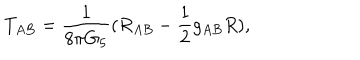
T _ { A B } = \frac { 1 } { 8 \pi G _ { 5 } } ( R _ { A B } - \frac { 1 } { 2 } g _ { A B } R ) ,